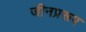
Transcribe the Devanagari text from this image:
जीनप्ररूप